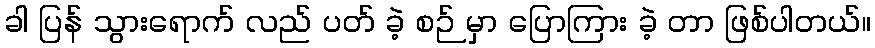
ခါ ပြန် သွားရောက် လည် ပတ် ခဲ့ စဉ် မှာ ပြောကြား ခဲ့ တာ ဖြစ်ပါတယ်။